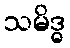
သမိဒ္ဓ